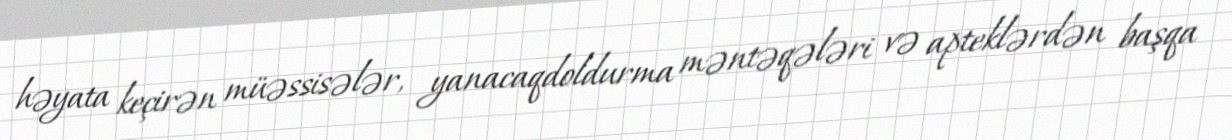
həyata keçirən müəssisələr, yanacaqdoldurma məntəqələri və apteklərdən başqa